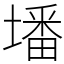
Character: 墦